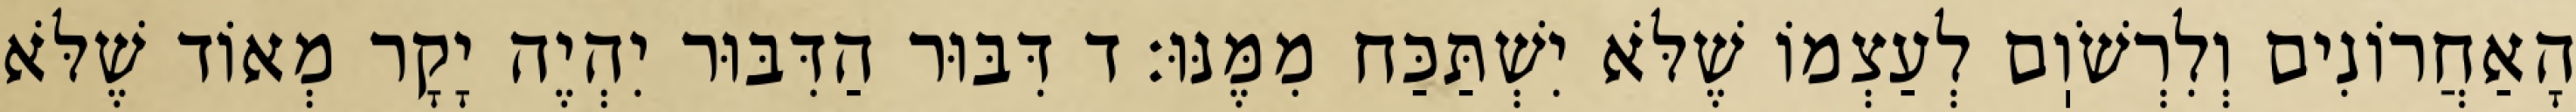
הָאַחֲרוֹנִים וְלִרְשֹׁוֽם לְעַצְמוֹ שֶׁלֹּא יִשְׁתַּכַּח מִמֶּנּוּ: ד דִּבּוּר הַדִּבּוּר יִהְיֶה יָקָר מְאוֹד שֶׁלֹּא